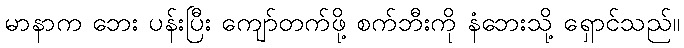
မာနာက ဘေး ပန်းပြီး ကျော်တက်ဖို့ စက်ဘီးကို နံဘေးသို့ ရှောင်သည်။